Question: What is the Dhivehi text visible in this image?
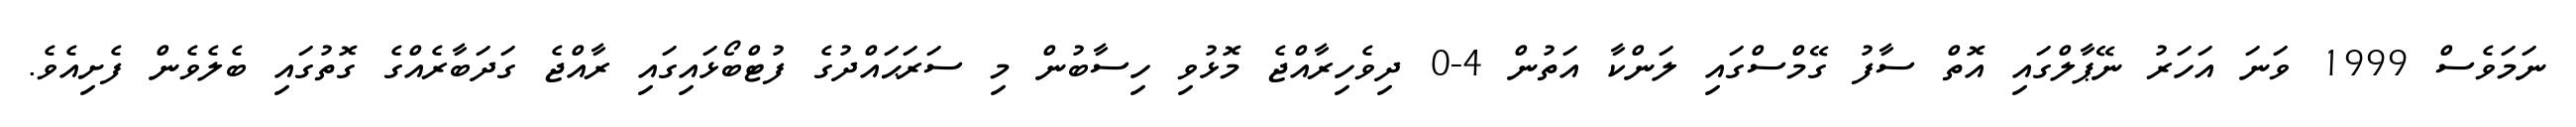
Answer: ނަމަވެސް 1999 ވަނަ އަހަރު ނޭޕާލްގައި އޮތް ސާފު ގޭމްސްގައި ލަންކާ އަތުން 4-0 ދިވެހިރާއްޖެ މޮޅުވި ހިސާބުން މި ސަރަޙައްދުގެ ފުޓްބޯޅައިގައި ރާއްޖެ ގަދަބާރެއްގެ ގޮތުގައި ބެލެވެން ފެށިއެވެ.